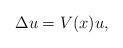
LaTeX: \begin{align*}\Delta u = V(x) u,\end{align*}